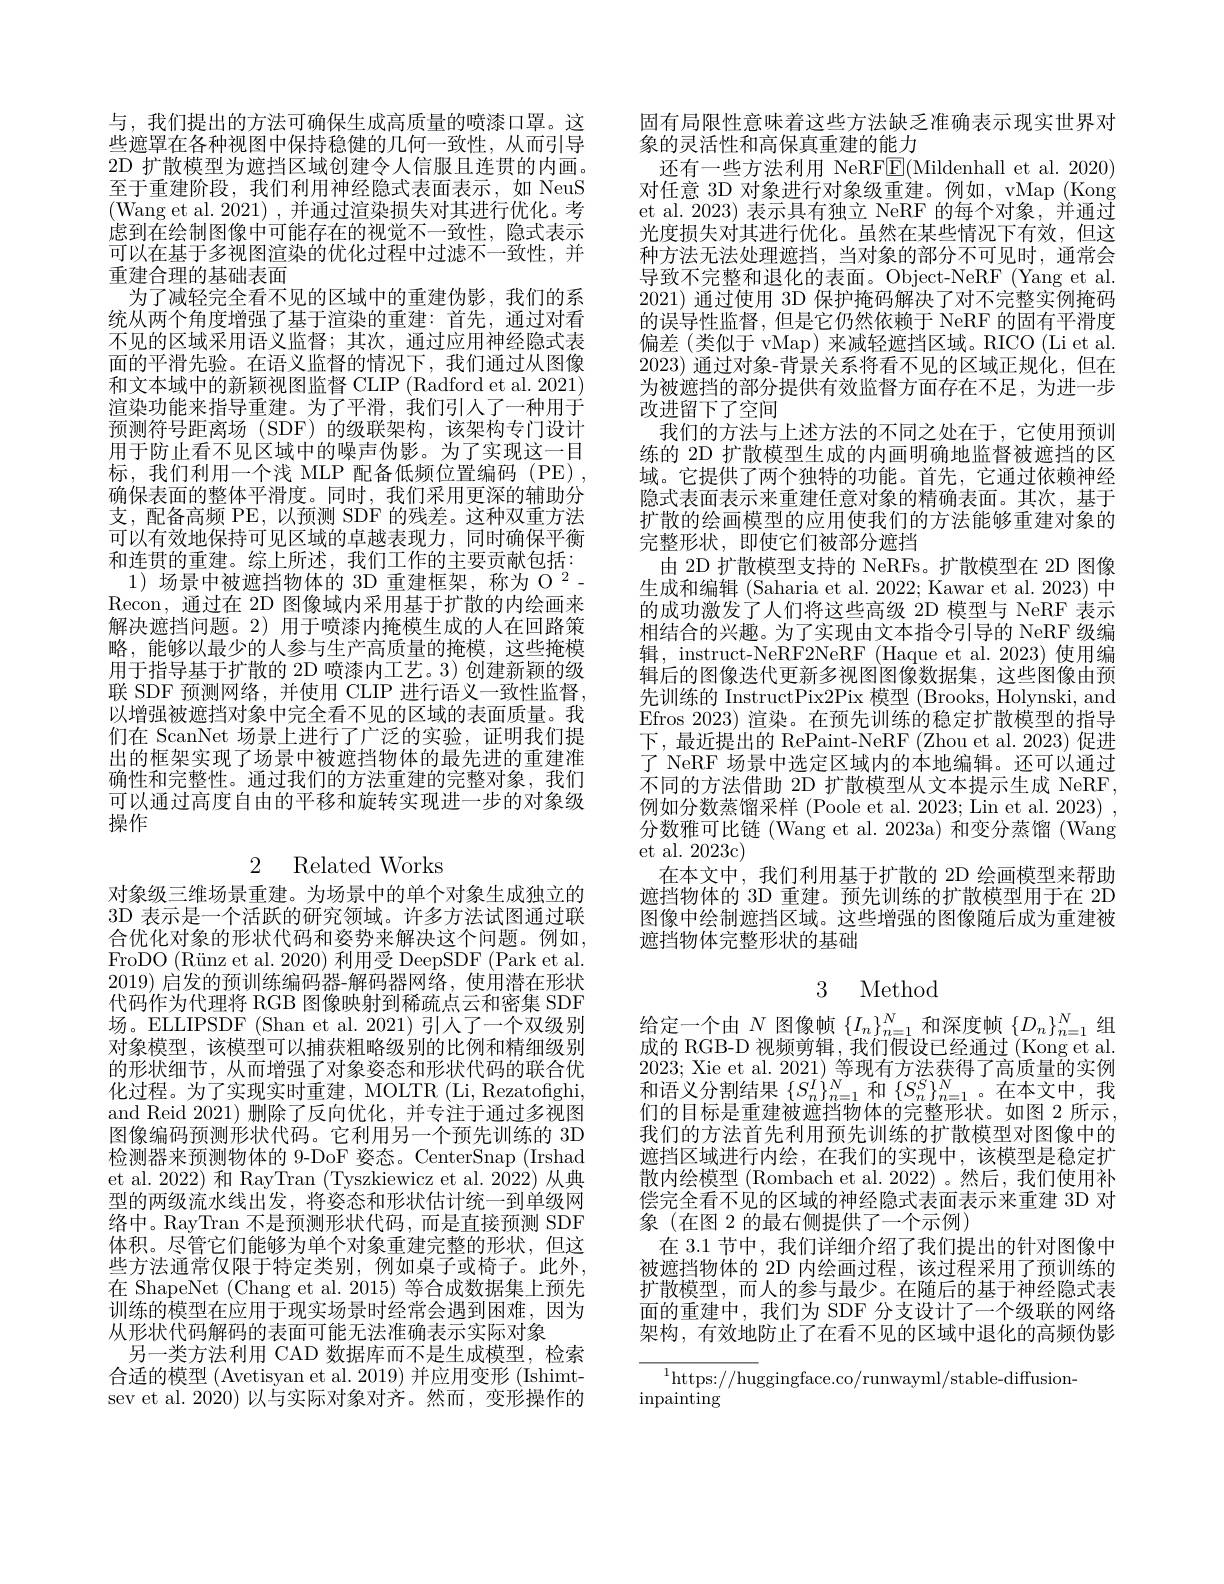
与，我们提出的方法可确保生成高质量的喷漆口罩。这些遮罩在各种视图中保持稳健的几何一致性，从而引导2D 扩散模型为遮挡区域创建令人信服且连贯的内画。至于重建阶段，我们利用神经隐式表面表示，如 NeuS (Wang et al. 2021),并通过渲染损失对其进行优化。考虑到在绘制图像中可能存在的视觉不一致性，隐式表示可以在基于多视图渲染的优化过程中过滤不一致性，并重建合理的基础表面
为了减轻完全看不见的区域中的重建伪影，我们的系统从两个角度增强了基于渲染的重建：首先，通过对看不见的区域采用语义监督；其次，通过应用神经隐式表面的平滑先验。在语义监督的情况下，我们通过从图像和文本域中的新颖视图监督 CLIP (Radford et al. 2021) 渲染功能来指导重建。为了平滑，我们引人了一种用于预测符号距离场 (SDF) 的级联架构，该架构专门设计用于防止看不见区域中的噪声伪影。为了实现这一目标，我们利用一个浅 MLP 配备低频位置编码 (PE), 确保表面的整体平滑度。同时，我们采用更深的辅助分支，配备高频 PE,以预测 SDF 的残差。这种双重方法可以有效地保持可见区域的卓越表现力，同时确保平衡和连贯的重建。综上所述，我们工作的主要贡献包括： $1)\text{ 场景中被遮挡物体的 3D 重建框架，称为 O }^{2}-$ Recon, 通过在 2D 图像域内采用基于扩散的内绘画来解决遮挡问题。2) 用于喷漆内掩模生成的人在回路策略，能够以最少的人参与生产高质量的掩模，这些掩模用于指导基于扩散的 2D 喷漆内工艺。3) 创建新颖的级联 SDF 预测网络，并使用 CLIP 进行语义一致性监督， 以增强被遮挡对象中完全看不见的区域的表面质量。我们在 ScanNet 场景上进行了广泛的实验，证明我们提出的框架实现了场景中被遮挡物体的最先进的重建准确性和完整性。通过我们的方法重建的完整对象，我们可以通过高度自由的平移和旋转实现进一步的对象级操作

2 Related Works

对象级三维场景重建。为场景中的单个对象生成独立的3D 表示是一个活跃的研究领域。许多方法试图通过联合优化对象的形状代码和姿势来解决这个问题。例如， FroDO (Rünz et al. 2020) 利用受 DeepSDF (Park et al. 2019)启发的预训练编码器-解码器网络，使用潜在形状代码作为代理将 RGB 图像映射到稀疏点云和密集 SDF 场。ELLIPSDF (Shan et al. 2021) 引人了一个双级别对象模型，该模型可以捕获粗略级别的比例和精细级别的形状细节，从而增强了对象姿态和形状代码的联合优化过程。为了实现实时重建，MOLTR (Li, Rezatofighi, and Reid 2021) 删除了反向优化，并专注于通过多视图图像编码预测形状代码。它利用另一个预先训练的 3D 检测器来预测物体的 9-DoF 姿态。CenterSnap (Irshad et al. 2022) 和 RayTran (Tyszkiewicz et al. 2022) 从典型的两级流水线出发，将姿态和形状估计统一到单级网络中。RayTran 不是预测形状代码，而是直接预测 SDF 体积。尽管它们能够为单个对象重建完整的形状，但这些方法通常仅限于特定类别，例如桌子或椅子。此外， 在 ShapeNet (Chang et al. 2015) 等合成数据集上预先训练的模型在应用于现实场景时经常会遇到困难，因为从形状代码解码的表面可能无法准确表示实际对象
另一类方法利用 CAD 数据库而不是生成模型，检索合适的模型(Avetisyan et al. 2019) 并应用变形 (Ishimtsev et al. 2020) 以与实际对象对齐。然而，变形操作的

固有局限性意味着这些方法缺乏准确表示现实世界对
象的灵活性和高保真重建的能力
还有一些方法利用 NeRF$\underline{\mathrm{E}}($Mildenhall et al. 2020) 对任意 3D 对象进行对象级重建。例如，vMap (Kong et al. 2023) 表示具有独立 NeRF 的每个对象，并通过光度损失对其进行优化。虽然在某些情况下有效，但这种方法无法处理遮挡，当对象的部分不可见时，通常会导致不完整和退化的表面。Object-NeRF (Yang et al. 2021)通过使用 3D 保护掩码解决了对不完整实例掩码的误导性监督，但是它仍然依赖于 NeRF 的固有平滑度偏差(类似于 vMap) 来减轻遮挡区域。RICO (Li et al. 2023)通过对象-背景关系将看不见的区域正规化，但在为被遮挡的部分提供有效监督方面存在不足，为进一步改进留下了空间
我们的方法与上述方法的不同之处在于，它使用预训练的 2D 扩散模型生成的内画明确地监督被遮挡的区域。它提供了两个独特的功能。首先，它通过依赖神经隐式表面表示来重建任意对象的精确表面。其次，基于扩散的绘画模型的应用使我们的方法能够重建对象的完整形状，即使它们被部分遮挡
由 2D 扩散模型支持的 NeRFs。扩散模型在 2D 图像生成和编辑 (Saharia et al. 2022; Kawar et al. 2023) 中的成功激发了人们将这些高级 2D 模型与 NeRF 表示相结合的兴趣。为了实现由文本指令引导的 NeRF 级编辑，instruct-NeRF2NeRF (Haque et al.2023)使用编辑后的图像迭代更新多视图图像数据集，这些图像由预先训练的 InstructPix2Pix 模型 (Brooks, Holynski, and Efros 2023) 渲染。在预先训练的稳定扩散模型的指导下，最近提出的 RePaint-NeRF (Zhou et al. 2023) 促进了 NeRF 场景中选定区域内的本地编辑。还可以通过不同的方法借助 2D 扩散模型从文本提示生成 NeRF, 例如分数蒸馏采样 (Poole et al. 2023; Lin et al. 2023) , 分数雅可比链 (Wang et al. 2023a) 和变分蒸馏 (Wang et al. 2023c)
在本文中，我们利用基于扩散的 2D 绘画模型来帮助遮挡物体的 3D 重建。预先训练的扩散模型用于在 2D 图像中绘制遮挡区域。这些增强的图像随后成为重建被遮挡物体完整形状的基础

## 3 Method

给定一个由 $N$ 图像帧 $\{I_n\}_{n=1}^N$和深度帧$\{D_n\}_n=1^N$ 组成的 RGB-D 视频剪辑，我们假设已经通过 (Kong et al. 2023; Xie et al. 2021) 等 现 有 方 法 获 得 了 高 质 量 的 实 例 和 语 义 分 割 结 果 $\{ S_{n}^{I}\} _{n= 1}^{N}$ 和 $\{ S_{n}^{S}\} _{n= 1}^{N}$。在 本 文 中 , 我 们 的 日 标 目 垂 础 述 准 出 物 (故 )的 $\Rightarrow$故 形 业们的目标是重建被遮挡物体的完整形状。如图 2 所示， 我们的方法首先利用预先训练的扩散模型对图像中的遮挡区域进行内绘，在我们的实现中，该模型是稳定扩散内绘模型 (Rombach et al. 2022) 。然后，我们使用补偿完全看不见的区域的神经隐式表面表示来重建 3D 对象(在图 2 的最右侧提供了一个示例)
在 3.1 节中，我们详细介绍了我们提出的针对图像中被遮挡物体的 2D 内绘画过程，该过程采用了预训练的扩散模型，而人的参与最少。在随后的基于神经隐式表面的重建中，我们为 SDF 分支设计了一个级联的网络架构，有效地防止了在看不见的区域中退化的高频伪影

$^{1}$https://huggingface.co/runwayml/stable-diffusion-
$\operatorname{inpainting^{\prime}}$